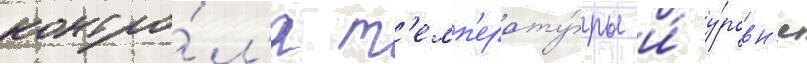
контро́л'я т'емп'ерату́ры и́ у́ровн'я